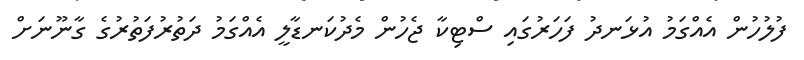
ފުލުހުން އެއްގަމު އުޅަނދު ފަހަރުގައި ސްޓިކާ ޖެހުން މެދުކަނޑާލީ އެއްގަމު ދަތުރުފަތުރުގެ ގާނޫނަށް